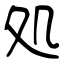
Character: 処